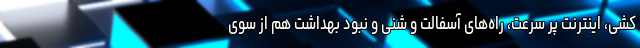
کشی، اینترنت پر سرعت، راه‌های آسفالت و شنی و نبود بهداشت هم از سوی